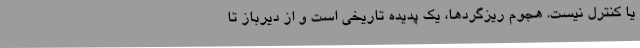
یا کنترل نیست. هجوم ریزگردها، یک پدیده تاریخی است و از دیرباز تا